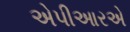
એપીઆરએ